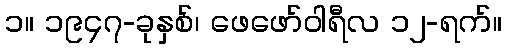
၁။ ၁၉၄၇-ခုနှစ်၊ ဖေဖော်ဝါရီလ ၁၂-ရက်။